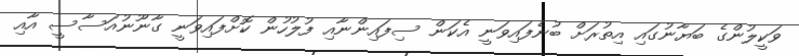
ވަކީލުންގެ ބަޔާނުގައި އިތުރަށް ބުނެފައިވަނީ އެކަން ސިފައިންނާއި ފުލުހުން ކޮށްފައިވަނީ ގާނޫނުއަސާސީ އާއި